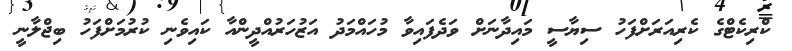
ކްރިކެޓްގެ ކެރިއަރަށްފަހު ސިޔާސީ މައިދާނަށް ވަދެފައިވާ މުހައްމަދު އަޒުހަރުއްދީންއާ ކައިވެނި ކުރުމަށްފަހު ބިޖްލާނީ